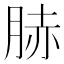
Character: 𦛘